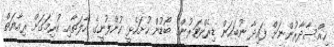
ހިއްސާދާރުންނަށް ފައިދާ ނުބަހަން ޑިރެކްޓަރުންގެ ބޯޑުން ހުށަހެޅީ ކުންފުނީގެ ހާލަތާއި ކުރިމަގަށް ރިއާޔަތް